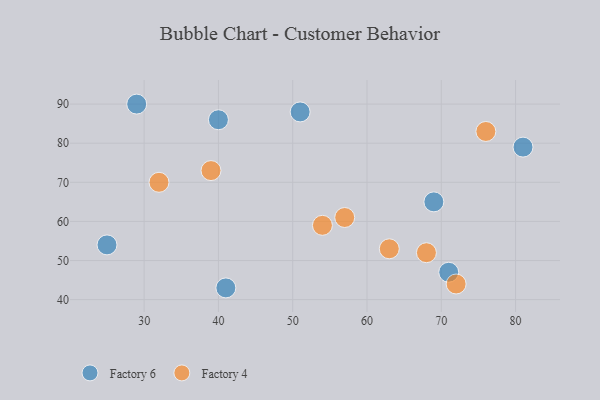
{"axis": {"x": "GDP", "y": "Life Expectancy"}, "legend": ["Factory 4", "Factory 6"], "data": [{"x": "71", "y": 47, "type": "Factory 6"}, {"x": "81", "y": 79, "type": "Factory 6"}, {"x": "41", "y": 43, "type": "Factory 6"}, {"x": "25", "y": 54, "type": "Factory 6"}, {"x": "51", "y": 88, "type": "Factory 6"}, {"x": "40", "y": 86, "type": "Factory 6"}, {"x": "29", "y": 90, "type": "Factory 6"}, {"x": "69", "y": 65, "type": "Factory 6"}, {"x": "63", "y": 53, "type": "Factory 4"}, {"x": "72", "y": 44, "type": "Factory 4"}, {"x": "32", "y": 70, "type": "Factory 4"}, {"x": "68", "y": 52, "type": "Factory 4"}, {"x": "54", "y": 59, "type": "Factory 4"}, {"x": "76", "y": 83, "type": "Factory 4"}, {"x": "39", "y": 73, "type": "Factory 4"}, {"x": "57", "y": 61, "type": "Factory 4"}]}